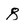
Character: g